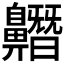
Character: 𪖼